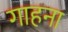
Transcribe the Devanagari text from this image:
गाहना